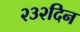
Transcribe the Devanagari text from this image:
२३२दिन